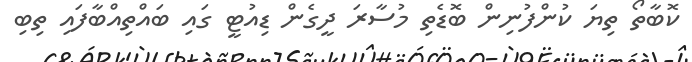
ކޮބާތޯ ތިޔަ ކުންފުނިން ބޮޑެތި މުސާރަ ދީގެން ޑިއުޓީ ގައި ބައްތިއްބާފައި ތިބި